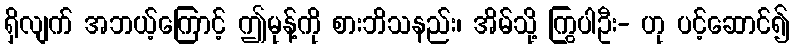
ရှိလျက် အဘယ့်ကြောင့် ဤမုန့်ကို စားဘိသနည်း၊ အိမ်သို့ ကြွပါဦး- ဟု ပင့်ဆောင်၍